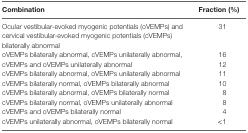
<table><thead><tr><td><b>Combination</b></td><td><b>Fraction (%)</b></td></tr></thead><tbody><tr><td>Ocular vestibular-evoked myogenic potentials (oVEMPs) and cervical vestibular-evoked myogenic potentials (cVEMPs) bilaterally abnormal</td><td>31</td></tr><tr><td>oVEMPs bilaterally abnormal, cVEMPs unilaterally abnormal,</td><td>16</td></tr><tr><td>cVEMPs and oVEMPs unilaterally abnormal</td><td>12</td></tr><tr><td>cVEMPs bilaterally abnormal, oVEMPs unilaterally abnormal</td><td>11</td></tr><tr><td>cVEMPs bilaterally normal, oVEMPs bilaterally abnormal</td><td>10</td></tr><tr><td>cVEMPs bilaterally abnormal, oVEMPs bilaterally normal</td><td>8</td></tr><tr><td>cVEMPs bilaterally normal, oVEMPs unilaterally abnormal</td><td>8</td></tr><tr><td>cVEMPs and oVEMPs bilaterally normal</td><td>4</td></tr><tr><td>cVEMPs unilaterally abnormal, oVEMPs bilaterally normal</td><td>&lt;1</td></tr></tbody></table>